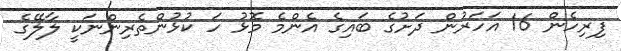
ފިރިހެން 16 އަހަރުން ދަށުގެ ބައިގެ އެންމެ މޮޅު ހަ ކުޅުންތެރިންނަކީ ލާލޭގެ